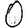
Digit: 0